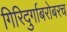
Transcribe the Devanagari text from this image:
गिरिदुर्गाबरोबरच